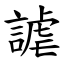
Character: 謔